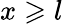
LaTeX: x\geqslant l